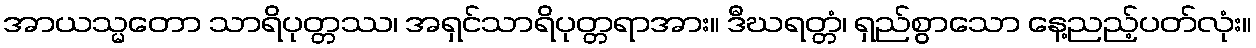
အာယသ္မတော သာရိပုတ္တဿ၊ အရှင်သာရိပုတ္တရာအား။ ဒီဃရတ္တံ၊ ရှည်စွာသော နေ့ညည့်ပတ်လုံး။